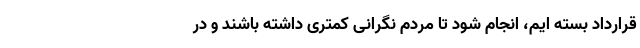
قرارداد بسته ایم، انجام شود تا مردم نگرانی کمتری داشته باشند و در